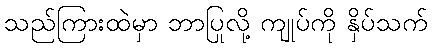
သည်ကြားထဲမှာ ဘာပြုလို့ ကျုပ်ကို နှိပ်သက်